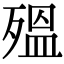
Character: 殟